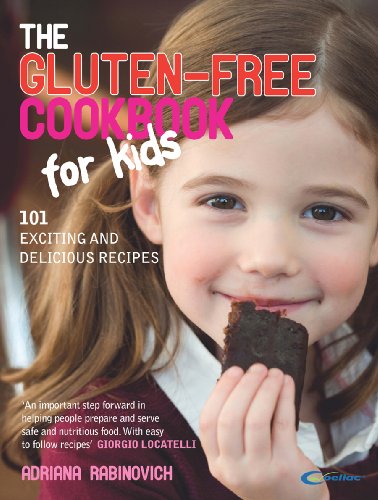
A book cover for The Gluten-Free Cookbook for Kids: 101 Exciting and Delicious Recipes; Adriana Rabinovich; Teen & Young Adult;